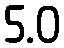
5.0